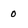
Character: 0